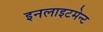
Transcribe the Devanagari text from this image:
इनलाइटमेन्ट